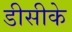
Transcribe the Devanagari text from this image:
डीसीके